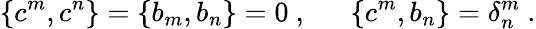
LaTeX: \{ c^{m},c^{n}\} =\{ b_{m},b_{n}\} =0~,~~~~~~\{ c^{m},b_{n}\} =\delta_{n}^{m}~.